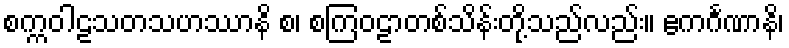
စက္ကဝါဠသတသဟဿာနိ စ၊ စကြဝဠာတစ်သိန်းတို့သည်လည်း။ ဧကင်္ဂဏာနိ၊